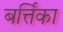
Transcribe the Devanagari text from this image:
बर्त्तिका